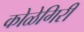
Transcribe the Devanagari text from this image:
कोळेगिरी